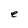
Character: e